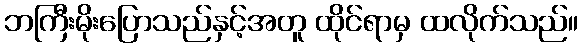
ဘကြီးမိုးပြောသည်နှင့်အတူ ထိုင်ရာမှ ထလိုက်သည်။